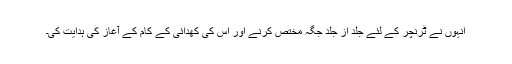
انہوں نے ٹرنچر کے لئے جلد از جلد جگہ مختص کرنے اور اس کی کھدائی کے کام کے آغاز کی ہدایت کی۔